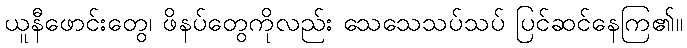
ယူနီဖောင်းတွေ၊ ဖိနပ်တွေကိုလည်း သေသေသပ်သပ် ပြင်ဆင်နေကြ၏။